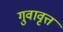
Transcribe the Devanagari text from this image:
गुवावृत्त